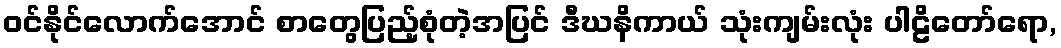
ဝင်နိုင်လောက်အောင် စာတွေပြည့်စုံတဲ့အပြင် ဒီဃနိကာယ် သုံးကျမ်းလုံး ပါဠိတော်ရော,